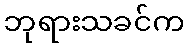
ဘုရားသခင်က